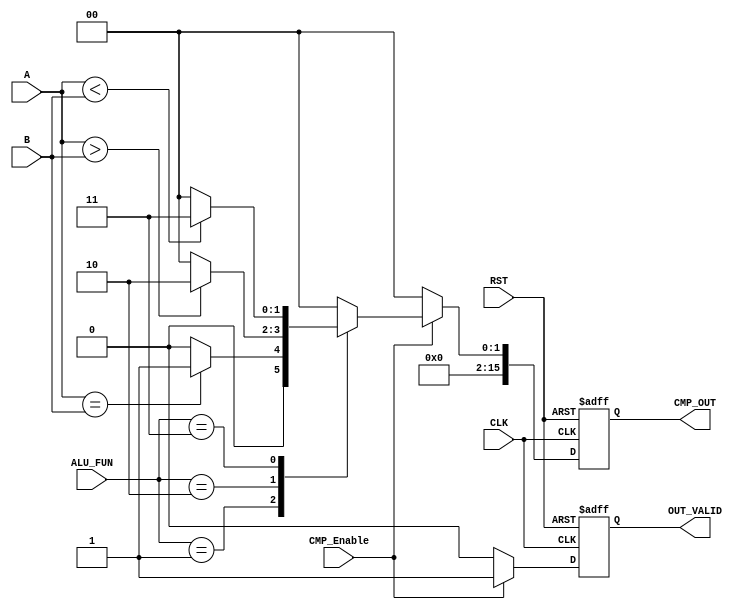
module CMP_unit #(parameter 	A_WIDTH = 8	, B_WIDTH = 8 , OUT_WIDTH = 16, ALU_FUN_WIDTH = 2)									
 (																
	input  wire [A_WIDTH-1:0] 			A											,
	input  wire [B_WIDTH-1:0] 			B											,
	input  wire [ALU_FUN_WIDTH-1:0] 	ALU_FUN										,
	input  wire 						CMP_Enable									,
	input  wire 		  				CLK											,
	input  wire							RST											,
									
	output reg  [OUT_WIDTH-1:0] 		CMP_OUT										,
	output reg							OUT_VALID
 );	
	
	
	reg 		[OUT_WIDTH-1:0] 		CMP_Result									;
	reg									VALID										;

/********************************************************************************************/
/********************************************************************************************/	
	
	always@(posedge CLK or negedge RST)	
		begin	
			
			if(!RST)
				begin

					CMP_OUT   <= 'b0												;
					OUT_VALID <= 'b0												;
				
				end
			
			else
				begin

					CMP_OUT   <= CMP_Result											;
					OUT_VALID <= VALID												;
					
				end
		end	
	
/********************************************************************************************/
/********************************************************************************************/
	
	always@(*)	
		begin	
				
			VALID = 1'b0															;

			if (CMP_Enable)	
				begin	
					
					case (ALU_FUN)
						'b01: CMP_Result = (A == B) ? 'd1 : 'd0 					;				
						'b10: CMP_Result = (A > B)  ? 'd2 : 'd0 					;
						'b11: CMP_Result = (A < B)  ? 'd3 : 'd0 					;
						default: CMP_Result = 'd0  									;
					endcase

					VALID = 'b1														;

				end
			else
				begin
					
					CMP_Result = 'b0												;
					VALID = 'b0														;
				
				end

		end


endmodule